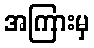
အကြားမှ